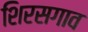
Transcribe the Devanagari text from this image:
शिरसगाव